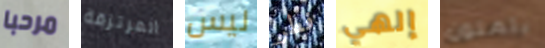
مرحبا المرتزقة ليس فطر إلهي يتمنون